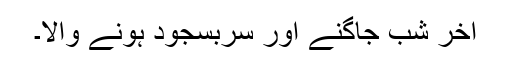
آخر شب جاگنے اور سربسجود ہونے والا۔